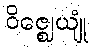
ဝိဇ္ဈေယျုံ